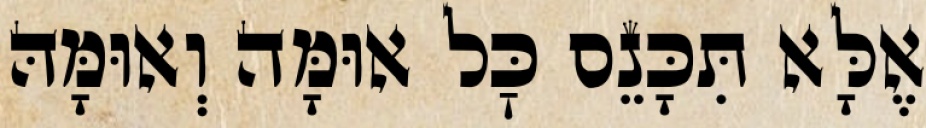
אֶלָּא תִּכָּנֵס כׇּל אוּמָּה וְאוּמָּהּ